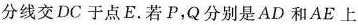
分线交DC于点E。若P，Q分别是AD和AE上